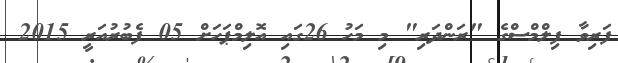
ފަރިވާ ފިލްމްސްގެ "ރަންދަރި" މި މަހު 26ގައި އޮލިމްޕަހަށް 05 ފެބުރުއަރީ 2015